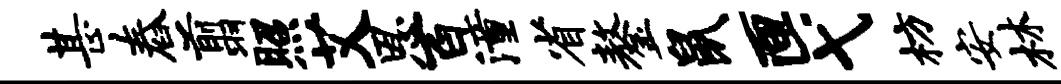
甚舂翦照艾恩百潼省鏊鼠匣弋枋安林